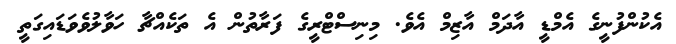
އެކުންފުނީގެ އެމްޑީ އާދަމް އާޒިމް އެވެ. މިނިސްޓްރީގެ ފަރާތުން އެ ތަކެއްޗާ ހަވާލުވެވަޑައިގަތީ